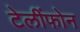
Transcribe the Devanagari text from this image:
टेलींफोन